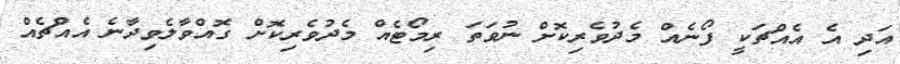
އަދި އެ އެއްޗަކީ ފޯނެއް މެދުވެރިކޮށް ނުވަތަ ރިމޯޓެއް މެދުވެރިކޮށް ގޮއްވާލެވިދާނެ އެއްޗެއް